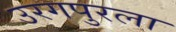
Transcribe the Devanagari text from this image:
उरगपुरला